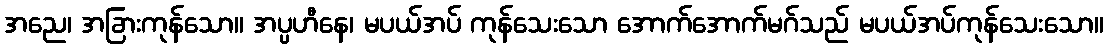
အညေ၊ အခြားကုန်သော။ အပ္ပဟီနေ၊ မပယ်အပ် ကုန်သေးသော အောက်အောက်မဂ်သည် မပယ်အပ်ကုန်သေးသော။